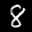
Label: 8